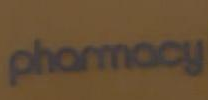
pharmacy